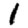
Digit: 1